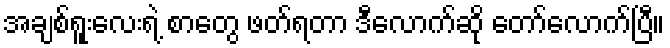
အချစ်ရူးလေးရဲ့ စာတွေ ဖတ်ရတာ ဒီလောက်ဆို တော်လောက်ပြီ။